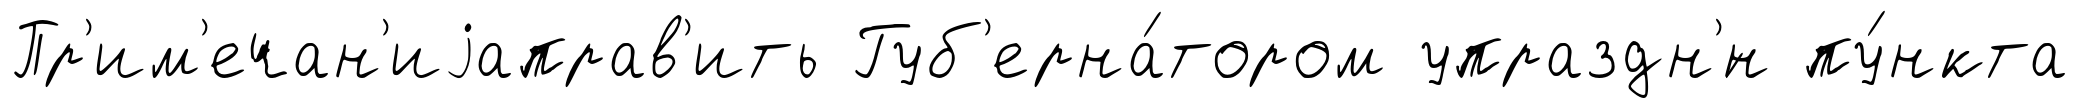
Пр'им'ечан'иjаправ'ить Губ'ерна́тором упраздн'́н пу́нкта